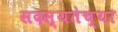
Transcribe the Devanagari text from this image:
सदस्यतेच्या